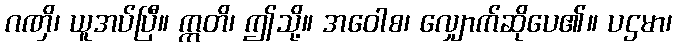
ဂဏှိ၊ ယူအပ်ပြီ။ ဣတိ၊ ဤသို့။ အဝေါစ၊ လျှောက်ဆိုပေ၏။ ပဌမာ၊